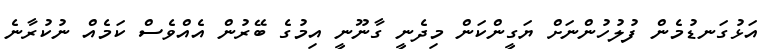
އަޅުގަނޑުމެން ފުލުހުންނަށް ޔަގީންކަން މިދެނީ ގާނޫނީ އިމުގެ ބޭރުން އެއްވެސް ކަމެއް ނުކުރާނެ